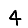
Digit: 4